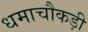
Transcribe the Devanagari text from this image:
धमाचौकड़ी